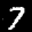
Digit: 7